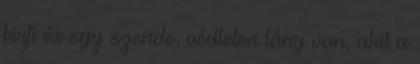
férfi és egy szende, védtelen lány van, akit a